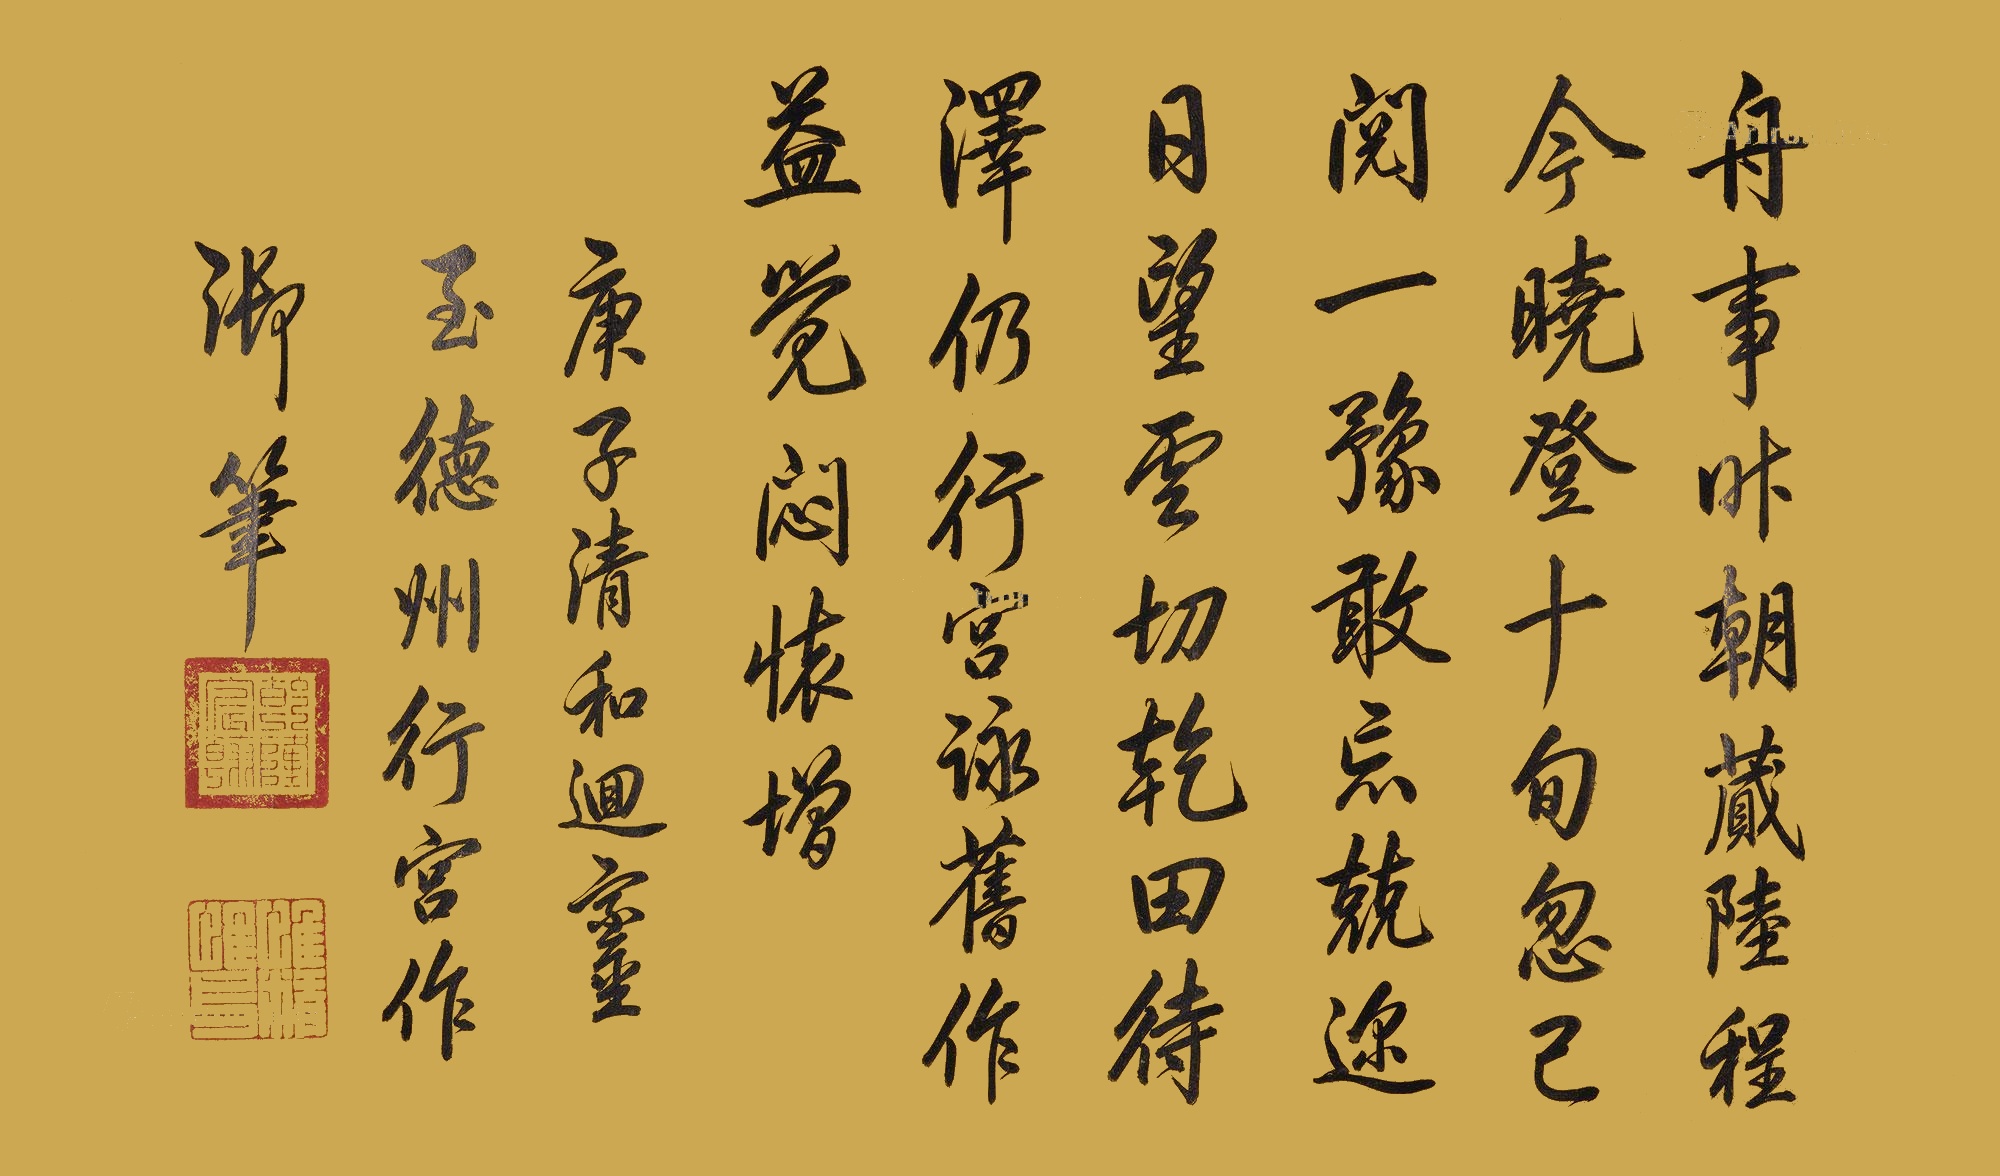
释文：舟事昨朝藏，陆程今晓登。十旬忽已阅，一豫敢忘兢。迩日望云切，干田待泽仍。行宫咏旧作，益觉闷怀增。庚子清和回銮至德州行宫作，御笔。